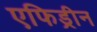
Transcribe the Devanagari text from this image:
एफिड्रीन